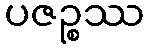
ပဇဉ္စဿ